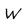
Character: W